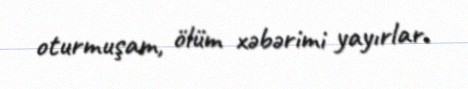
oturmuşam, ölüm xəbərimi yayırlar.